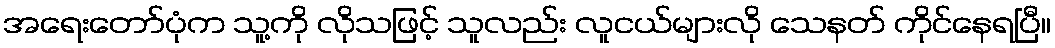
အရေးတော်ပုံက သူ့ကို လိုသဖြင့် သူလည်း လူငယ်များလို သေနတ် ကိုင်နေရပြီ။